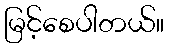
မြင့်စေပါတယ်။